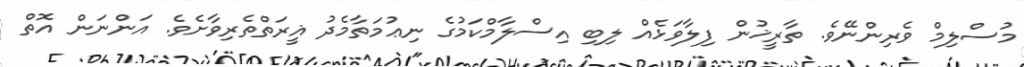
މުސްލިމް ވެރިންނޭވެ. ތާރީޚުން ފިލާވަޅެއް ލިބި އިސްލާމްކަމުގެ ނިޢުމަތާމެދު ޣީރަތްތެރިވާށެވެ. އަންނަން އޮތް